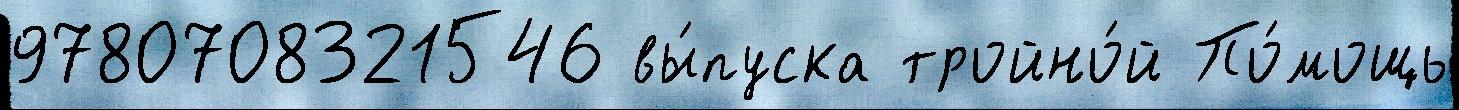
9780708321546 вы́пуска тройно́й По́мощь